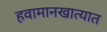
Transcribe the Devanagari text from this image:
हवामानखात्यात